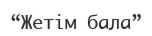
“Жетім бала”